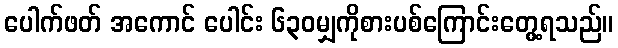
ပေါက်ဖတ် အကောင် ပေါင်း ၆၃၀မျှကိုစားပစ်ကြောင်းတွေ့ရသည်။